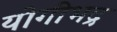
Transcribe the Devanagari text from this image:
योगीभद्र